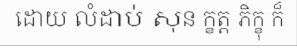
ដោយ លំដាប់ សុន ក្ខត្ត ភិក្ខុ ក៏